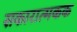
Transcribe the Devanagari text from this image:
सकारात्मकक